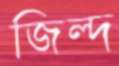
জিল্দ